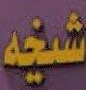
شخه